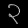
Digit: ၃